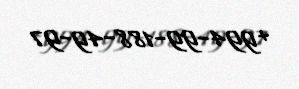
+994-99-188-49-97